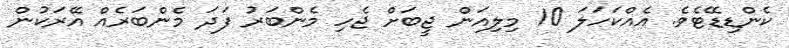
ކެންޑިޑޭޓެވެ. އެއްކަހަލަ 10 މިލިއަން ޖީބަށް ޖެހި މެންބަރު ފަދަ މެންބަރެއް އޭރަކުން